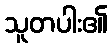
သူတပါး၏